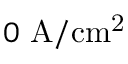
0 ~ \mathrm { A / c m ^ { 2 } }